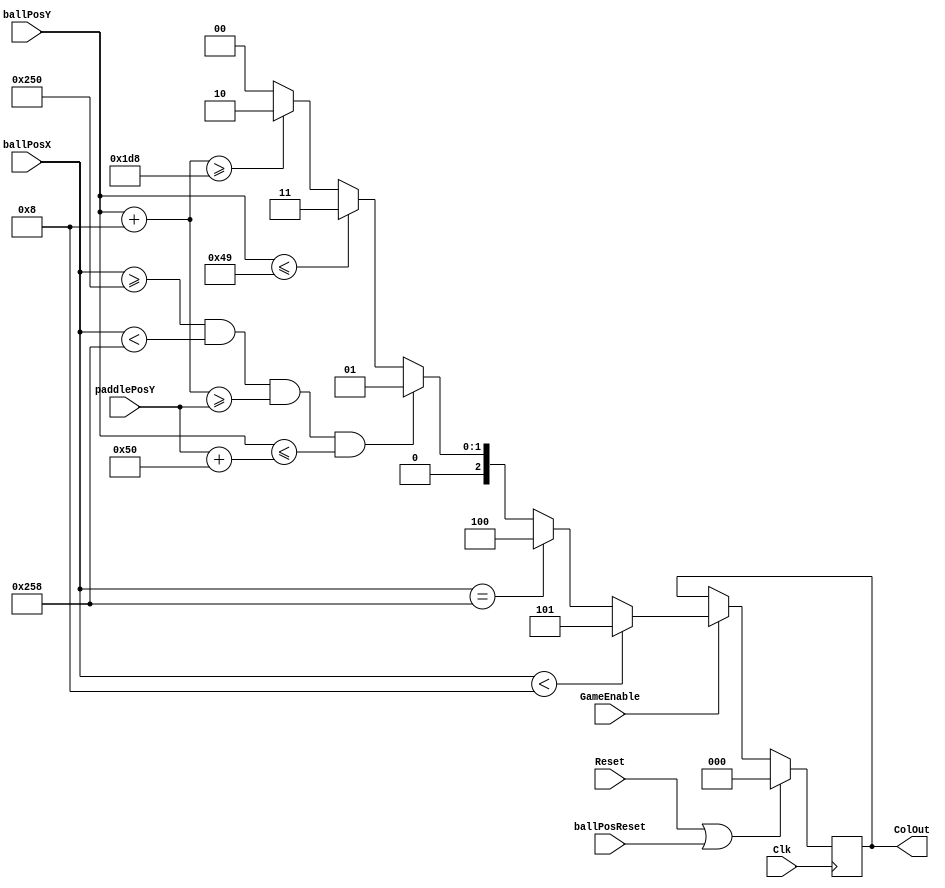
`timescale 1ns / 1ps
//////////////////////////////////////////////////////////////////////////////////
// Company: 
// Engineer: 
// 
// Design Name: 
// Module Name: BallCollision2
// Project Name: 
// Target Devices: 
// Tool Versions: 
// Description: 
// 
// Dependencies: 
// 
// Revision:
// Revision 0.01 - File Created
// Additional Comments:
// 
//////////////////////////////////////////////////////////////////////////////////


module BallCollisionDemoVersion(
    input           Clk,
    input           Reset,
    
    input           GameEnable,
    input           ballPosReset,
    input [9:0]     ballPosX,
    input [9:0]     ballPosY,
    input [9:0]     paddlePosY,
    
    output reg [2:0] ColOut
    );
    
    parameter [9:0] topBoundary = 73;
    parameter [9:0] bottomBoundary = 472;
    parameter [9:0] leftBoundary = 8;
    parameter [9:0] rightBoundary = 600;
    
    parameter [9:0] paddleX = 592;
    parameter [9:0] paddleYLength = 80;
    
    always@(posedge Clk) begin
        if(Reset == 1'b1 || ballPosReset == 1'b1) begin
            ColOut <= 0;
        end
        else begin
            if(GameEnable == 1'b1) begin 
            // ! if statement priority !
            
                // wall check
                if((ballPosX) < leftBoundary)
                    ColOut <= 5;
                    
                // net check
                else if(ballPosX == rightBoundary)
                    ColOut <= 4;
                    
                // paddle check
                else if((ballPosX >= 592) && (ballPosX < rightBoundary) && ((ballPosY+8) >= paddlePosY) && ((ballPosY) <= (paddlePosY + 80)))
                    ColOut <= 1; 
                      
                // ceiling check
                else if(ballPosY <= topBoundary)
                    ColOut <= 3;
                    
                // floor check
                else if((ballPosY+8) >= bottomBoundary)
                    ColOut <= 2;
                    
                // all checks failed - no collision
                else
                    ColOut <= 0;
            end
            else begin
                ColOut <= ColOut;
            end
        end
    end
endmodule